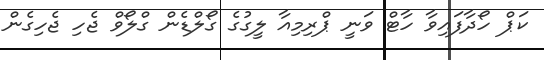
ކަޕް ހޯދާފައިވާ ހާޓް ވަނީ ޕްރިމިއާ ލީގުގެ ގޯލްޑެން ގްލޯވް ޖެހި ޖެހިގެން